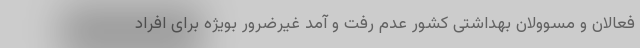
فعالان و مسوولان بهداشتی کشور عدم رفت و آمد غیرضرور بویژه برای افراد